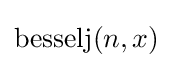
\operatorname {besselj} (n,x)